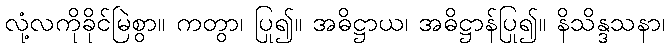
လုံ့လကိုခိုင်မြဲစွာ။ ကတွာ၊ ပြု၍။ အဓိဋ္ဌာယ၊ အဓိဋ္ဌာန်ပြု၍။ နိသိန္ဒသနာ၊